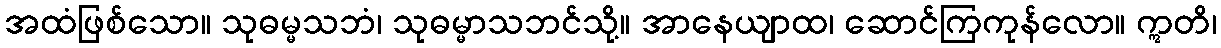
အထံဖြစ်သော။ သုဓမ္မသဘံ၊ သုဓမ္မာသဘင်သို့။ အာနေယျာထ၊ ဆောင်ကြကုန်လော။ ဣတိ၊